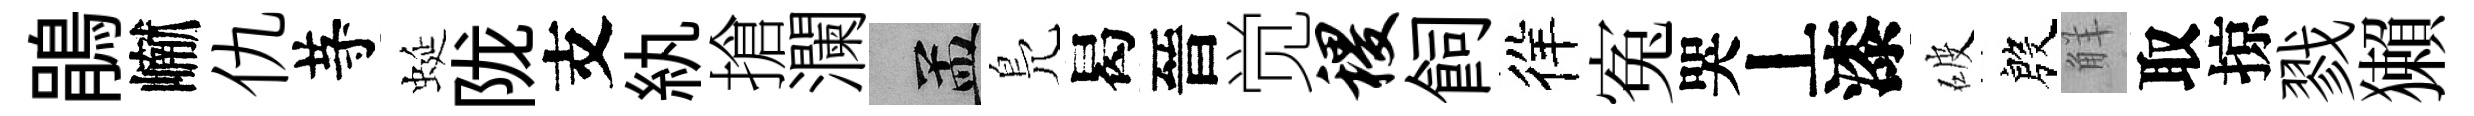
鵑𪩘仇䒭蜒陇支紈搶瀾汴鳬曷晉觉稷飼徉寃哭丄漆破殷觧取掠戮獺